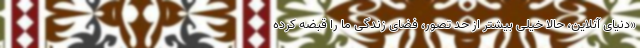
«دنیای آنلاین، حالا خیلی بیشتر از حد تصور، فضای زندگی ما را قبضه کرده